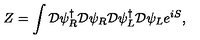
Z = \int { \cal D } \psi _ { R } ^ { \dagger } { \cal D } \psi _ { R } { \cal D } \psi _ { L } ^ { \dagger } { \cal D } \psi _ { L } e ^ { i S } ,